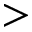
>